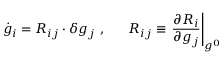
\dot { g } _ { i } = { \cal R } _ { i j } \cdot \delta g _ { j } \ , \ \ \ \ \ { \cal R } _ { i j } \equiv \left. \frac { \partial { \cal R } _ { i } } { \partial g _ { j } } \right| _ { g ^ { 0 } }